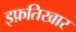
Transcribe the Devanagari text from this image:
इफ़तिखार